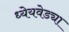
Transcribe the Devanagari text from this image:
ध्येेयवेड्या